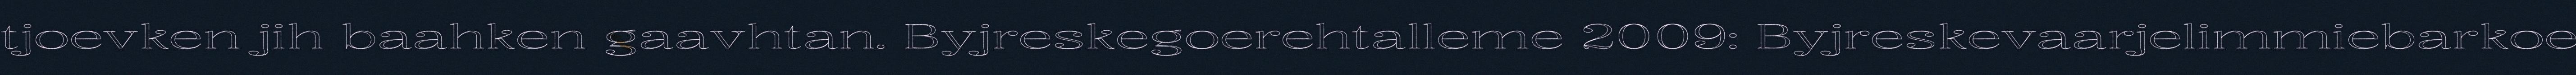
tjoevken jih baahken gaavhtan. Byjreskegoerehtalleme 2009: Byjreskevaarjelimmiebarkoe